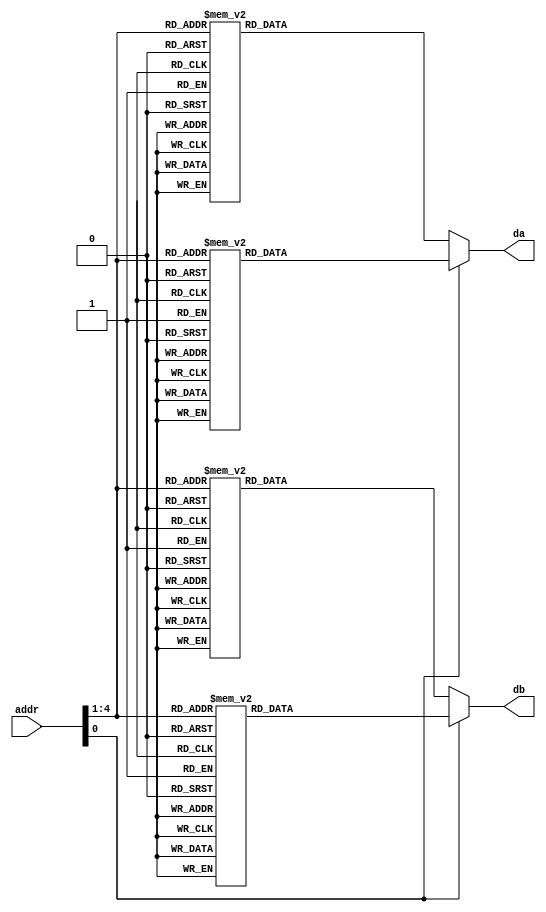
/*##########################################################################
--
--                                                                       --
--  Module      : des_sbox.v                                             --
--  Last Update : 08/01/2001
--                                                                       --
--  Description : DES S-box constants					 --
--                                                                       --
--                                                                       --
--  Designers   : Steve Trimberger & Vikram Pasham                      --
--  Company     : Xilinx & Inc.                                          --
--                                                                       --
--                                                                       --
--  Disclaimer  : THESE DESIGNS ARE PROVIDED "AS IS" WITH NO WARRANTY    --
--                WHATSOEVER AND XILINX SPECIFICALLY DISCLAIMS ANY       --
--                IMPLIED WARRANTIES OF MERCHANTABILITY & FITNESS FOR    --
--                A PARTICULAR PURPOSE, OR AGAINST INFRINGEMENT.         --
--                THEY ARE ONLY INTENDED TO BE USED BY XILINX            --
--                CUSTOMERS, AND WITHIN XILINX DEVICES.                  --
--                                                                       --
--                Copyright (c) 2000 Xilinx, Inc.                        --
--                All rights reserved                                    --
--                                                                       --
--                                                                       --
--                                                                       --
--#########################################################################*/


// Include Synplify Virtex-II/ Virtex-E library
// `include "virtex2.v"
//`include "virtexe.v"


module SB1(addr,da,db);
input [1:6] addr;
output [1:4] da;
output [1:4] db;
reg [1:4] d0;
reg [1:4] d1;
reg [1:4] d2;
reg [1:4] d3;


always @(addr) begin
case (addr[2:5])
    0:  d0 = 14; 
    1:  d0 = 4;
    2:  d0 = 13;
    3:  d0 = 1;
    4:  d0 = 2;
    5:  d0 = 15;
    6:  d0 = 11;
    7:  d0 = 8;
    8:  d0 = 3;
    9:  d0 = 10;
    10: d0 = 6;
    11: d0 = 12;
    12: d0 = 5;
    13: d0 = 9;
    14: d0 = 0;
    15: d0 = 7;
endcase
end

always @(addr) begin
case (addr[2:5])
    0:  d1 = 0;
    1:  d1 = 15;
    2:  d1 = 7;
    3:  d1 = 4;
    4:  d1 = 14;
    5:  d1 = 2;
    6:  d1 = 13;
    7:  d1 = 1;
    8:  d1 = 10;
    9:  d1 = 6;
    10: d1 = 12;
    11: d1 = 11;
    12: d1 = 9;
    13: d1 = 5;
    14: d1 = 3;
    15: d1 = 8;
    default: d1 = 0;
    endcase
end

always @(addr) begin
case (addr[2:5])
    0:  d2 = 4;
    1:  d2 = 1;
    2:  d2 = 14;
    3:  d2 = 8;
    4:  d2 = 13;
    5:  d2 = 6;
    6:  d2 = 2;
    7:  d2 = 11;
    8:  d2 = 15;
    9:  d2 = 12;
    10: d2 = 9;
    11: d2 = 7;
    12: d2 = 3;
    13: d2 = 10;
    14: d2 = 5;
    15: d2 = 0;
endcase
end

always @(addr) begin
case (addr[2:5])
    0:  d3 = 15;
    1:  d3 = 12;
    2:  d3 = 8;
    3:  d3 = 2;
    4:  d3 = 4;
    5:  d3 = 9;
    6:  d3 = 1;
    7:  d3 = 7;
    8:  d3 = 5;
    9:  d3 = 11;
    10: d3 = 3;
    11: d3 = 14;
    12: d3 = 10;
    13: d3 = 0;
    14: d3 = 6;
    15: d3 = 13;
endcase
end

//// mux the first two together in F5 muxes
//MUXF5 s10 ( .I0(d0[1]), .I1(d1[1]), .S(addr[6]), .O(da[1]) );
//MUXF5 s11 ( .I0(d0[2]), .I1(d1[2]), .S(addr[6]), .O(da[2]) );
//MUXF5 s12 ( .I0(d0[3]), .I1(d1[3]), .S(addr[6]), .O(da[3]) );
//MUXF5 s13 ( .I0(d0[4]), .I1(d1[4]), .S(addr[6]), .O(da[4]) );

//// mux the second two together in F5 muxes
//MUXF5 s20 ( .I0(d2[1]), .I1(d3[1]), .S(addr[6]), .O(db[1]) );
//MUXF5 s21 ( .I0(d2[2]), .I1(d3[2]), .S(addr[6]), .O(db[2]) );
//MUXF5 s22 ( .I0(d2[3]), .I1(d3[3]), .S(addr[6]), .O(db[3]) );
//MUXF5 s23 ( .I0(d2[4]), .I1(d3[4]), .S(addr[6]), .O(db[4]) );
assign da = addr[6] ? d1 : d0;
assign db = addr[6] ? d3 : d2;
endmodule


/*   SBOX 2 */

module SB2(addr,da,db);
input [1:6] addr;
output [1:4] da;
output [1:4] db;
reg [1:4] d0;
reg [1:4] d1;
reg [1:4] d2;
reg [1:4] d3;

always @(addr) begin
case(addr[2:5])
    0 :  d0 =  15;
    1 :  d0 =  1;
    2 :  d0 =  8;
    3 :  d0 =  14;
    4 :  d0 =  6;
    5 :  d0 =  11;
    6 :  d0 =  3;
    7 :  d0 =  4;
    8 :  d0 =  9;
    9 :  d0 =  7;
    10:  d0 =  2;
    11:  d0 =  13;
    12:  d0 =  12;
    13:  d0 =  0;
    14:  d0 =  5;
    15:  d0 =  10;
endcase
end

always @(addr) begin
case (addr[2:5])
    0:  d1 =  3;
    1:  d1 =  13;
    2:  d1 =  4;
    3:  d1 =  7;
    4:  d1 =  15;
    5:  d1 =  2;
    6:  d1 =  8;
    7:  d1 =  14;
    8:  d1 =  12;
    9:  d1 =  0;
    10: d1 =  1;
    11: d1 =  10;
    12: d1 =  6;
    13: d1 =  9;
    14: d1 =  11;
    15: d1 =  5;
endcase
end

always @(addr) begin
case (addr[2:5])
    0:  d2 =  0;
    1:  d2 =  14;
    2:  d2 =  7;
    3:  d2 =  11;
    4:  d2 =  10;
    5:  d2 =  4;
    6:  d2 =  13;
    7:  d2 =  1;
    8:  d2 =  5;
    9:  d2 =  8;
    10: d2 =  12;
    11: d2 =  6;
    12: d2 =  9;
    13: d2 =  3;
    14: d2 =  2;
    15: d2 =  15;
endcase
end

always @(addr) begin
case (addr[2:5])
    0:  d3 =  13;
    1:  d3 =  8;
    2:  d3 =  10;
    3:  d3 =  1;
    4:  d3 =  3;
    5:  d3 =  15;
    6:  d3 =  4;
    7:  d3 =  2;
    8:  d3 =  11;
    9:  d3 =  6;
    10: d3 =  7;
    11: d3 =  12;
    12: d3 =  0;
    13: d3 =  5;
    14: d3 =  14;
    15: d3 =  9;
endcase
end

//// mux the first two together in F5 muxes
//MUXF5 s10 ( .I0(d0[1]), .I1(d1[1]), .S(addr[6]), .O(da[1]) );
//MUXF5 s11 ( .I0(d0[2]), .I1(d1[2]), .S(addr[6]), .O(da[2]) );
//MUXF5 s12 ( .I0(d0[3]), .I1(d1[3]), .S(addr[6]), .O(da[3]) );
//MUXF5 s13 ( .I0(d0[4]), .I1(d1[4]), .S(addr[6]), .O(da[4]) );

//// mux the second two together in F5 muxes
//MUXF5 s20 ( .I0(d2[1]), .I1(d3[1]), .S(addr[6]), .O(db[1]) );
//MUXF5 s21 ( .I0(d2[2]), .I1(d3[2]), .S(addr[6]), .O(db[2]) );
//MUXF5 s22 ( .I0(d2[3]), .I1(d3[3]), .S(addr[6]), .O(db[3]) );
//MUXF5 s23 ( .I0(d2[4]), .I1(d3[4]), .S(addr[6]), .O(db[4]) );
assign da = addr[6] ? d1 : d0;
assign db = addr[6] ? d3 : d2;
endmodule


/* Sbox 3 */

module SB3(addr,da,db);
input [1:6] addr;
output [1:4] da;
output [1:4] db;
reg [1:4] d0;
reg [1:4] d1;
reg [1:4] d2;
reg [1:4] d3;

always @(addr) begin
case (addr[2:5])
    0:  d0 = 10;
    1:  d0 = 0;
    2:  d0 = 9;
    3:  d0 = 14;
    4:  d0 = 6;
    5:  d0 = 3;
    6:  d0 = 15;
    7:  d0 = 5;
    8:  d0 = 1;
    9:  d0 = 13;
    10: d0 = 12;
    11: d0 = 7;
    12: d0 = 11;
    13: d0 = 4;
    14: d0 = 2;
    15: d0 = 8;
endcase
end

always @(addr) begin
case (addr[2:5])
    0:  d1 = 13;
    1:  d1 = 7;
    2:  d1 = 0;
    3:  d1 = 9;
    4:  d1 = 3;
    5:  d1 = 4;
    6:  d1 = 6;
    7:  d1 = 10;
    8:  d1 = 2;
    9:  d1 = 8;
    10: d1 = 5;
    11: d1 = 14;
    12: d1 = 12;
    13: d1 = 11;
    14: d1 = 15;
    15: d1 = 1;
endcase
end

always @(addr) begin
case (addr[2:5])
    0:  d2 = 13;
    1:  d2 = 6;
    2:  d2 = 4;
    3:  d2 = 9;
    4:  d2 = 8;
    5:  d2 = 15;
    6:  d2 = 3;
    7:  d2 = 0;
    8:  d2 = 11;
    9:  d2 = 1;
    10: d2 = 2;
    11: d2 = 12;
    12: d2 = 5;
    13: d2 = 10;
    14: d2 = 14;
    15: d2 = 7;
endcase
end

always @(addr) begin
case (addr[2:5])
    0:  d3 = 1;
    1:  d3 = 10;
    2:  d3 = 13;
    3:  d3 = 0;
    4:  d3 = 6;
    5:  d3 = 9;
    6:  d3 = 8;
    7:  d3 = 7;
    8:  d3 = 4;
    9:  d3 = 15;
    10: d3 = 14;
    11: d3 = 3;
    12: d3 = 11;
    13: d3 = 5;
    14: d3 = 2;
    15: d3 = 12;
endcase
end

//// mux the first two together in F5 muxes
//MUXF5 s10 ( .I0(d0[1]), .I1(d1[1]), .S(addr[6]), .O(da[1]) );
//MUXF5 s11 ( .I0(d0[2]), .I1(d1[2]), .S(addr[6]), .O(da[2]) );
//MUXF5 s12 ( .I0(d0[3]), .I1(d1[3]), .S(addr[6]), .O(da[3]) );
//MUXF5 s13 ( .I0(d0[4]), .I1(d1[4]), .S(addr[6]), .O(da[4]) );

//// mux the second two together in F5 muxes
//MUXF5 s20 ( .I0(d2[1]), .I1(d3[1]), .S(addr[6]), .O(db[1]) );
//MUXF5 s21 ( .I0(d2[2]), .I1(d3[2]), .S(addr[6]), .O(db[2]) );
//MUXF5 s22 ( .I0(d2[3]), .I1(d3[3]), .S(addr[6]), .O(db[3]) );
//MUXF5 s23 ( .I0(d2[4]), .I1(d3[4]), .S(addr[6]), .O(db[4]) );
assign da = addr[6] ? d1 : d0;
assign db = addr[6] ? d3 : d2;
endmodule


/* Sbox 4 */

module SB4(addr,da,db);
input [1:6] addr;
output [1:4] da;
output [1:4] db;
reg [1:4] d0;
reg [1:4] d1;
reg [1:4] d2;
reg [1:4] d3;


always @(addr) begin
case (addr[2:5])
    0:   d0 = 7;
    1:   d0 = 13;
    2:   d0 = 14;
    3:   d0 = 3;
    4:   d0 = 0;
    5:   d0 = 6;
    6:   d0 = 9;
    7:   d0 = 10;
    8:   d0 = 1;
    9:   d0 = 2;
    10:  d0 = 8;
    11:  d0 = 5;
    12:  d0 = 11;
    13:  d0 = 12;
    14:  d0 = 4;
    15:  d0 = 15;
endcase
end

always @(addr) begin
case (addr[2:5])
    0:   d1 = 13;
    1:   d1 = 8;
    2:   d1 = 11;
    3:   d1 = 5;
    4:   d1 = 6;
    5:   d1 = 15;
    6:   d1 = 0;
    7:   d1 = 3;
    8:   d1 = 4;
    9:   d1 = 7;
    10:  d1 = 2;
    11:  d1 = 12;
    12:  d1 = 1;
    13:  d1 = 10;
    14:  d1 = 14;
    15:  d1 = 9;
endcase
end

always @(addr) begin
case (addr[2:5])
    0:   d2 = 10;
    1:   d2 = 6;
    2:   d2 = 9;
    3:   d2 = 0;
    4:   d2 = 12;
    5:   d2 = 11;
    6:   d2 = 7;
    7:   d2 = 13;
    8:   d2 = 15;
    9:   d2 = 1;
    10:  d2 = 3;
    11:  d2 = 14;
    12:  d2 = 5;
    13:  d2 = 2;
    14:  d2 = 8;
    15:  d2 = 4;
endcase
end

always @(addr) begin
case (addr[2:5])
    0:   d3 = 3;
    1:   d3 = 15;
    2:   d3 = 0;
    3:   d3 = 6;
    4:   d3 = 10;
    5:   d3 = 1;
    6:   d3 = 13;
    7:   d3 = 8;
    8:   d3 = 9;
    9:   d3 = 4;
    10:  d3 = 5;
    11:  d3 = 11;
    12:  d3 = 12;
    13:  d3 = 7;
    14:  d3 = 2;
    15:  d3 = 14;
endcase
end

//// mux the first two together in F5 muxes
//MUXF5 s10 ( .I0(d0[1]), .I1(d1[1]), .S(addr[6]), .O(da[1]) );
//MUXF5 s11 ( .I0(d0[2]), .I1(d1[2]), .S(addr[6]), .O(da[2]) );
//MUXF5 s12 ( .I0(d0[3]), .I1(d1[3]), .S(addr[6]), .O(da[3]) );
//MUXF5 s13 ( .I0(d0[4]), .I1(d1[4]), .S(addr[6]), .O(da[4]) );

//// mux the second two together in F5 muxes
//MUXF5 s20 ( .I0(d2[1]), .I1(d3[1]), .S(addr[6]), .O(db[1]) );
//MUXF5 s21 ( .I0(d2[2]), .I1(d3[2]), .S(addr[6]), .O(db[2]) );
//MUXF5 s22 ( .I0(d2[3]), .I1(d3[3]), .S(addr[6]), .O(db[3]) );
//MUXF5 s23 ( .I0(d2[4]), .I1(d3[4]), .S(addr[6]), .O(db[4]) );
assign da = addr[6] ? d1 : d0;
assign db = addr[6] ? d3 : d2;
endmodule


/* Sbox 5 */

module SB5(addr,da,db);
input [1:6] addr;
output [1:4] da;
output [1:4] db;
reg [1:4] d0;
reg [1:4] d1;
reg [1:4] d2;
reg [1:4] d3;


always @(addr) begin
case (addr[2:5])
    0:  d0 = 2;
    1:  d0 = 12;
    2:  d0 = 4;
    3:  d0 = 1;
    4:  d0 = 7;
    5:  d0 = 10;
    6:  d0 = 11;
    7:  d0 = 6;
    8:  d0 = 8;
    9:  d0 = 5;
    10: d0 = 3;
    11: d0 = 15;
    12: d0 = 13;
    13: d0 = 0;
    14: d0 = 14;
    15: d0 = 9;
endcase
end

always @(addr) begin
case (addr[2:5])
    0:  d1 = 14;
    1:  d1 = 11;
    2:  d1 = 2;
    3:  d1 = 12;
    4:  d1 = 4;
    5:  d1 = 7;
    6:  d1 = 13;
    7:  d1 = 1;
    8:  d1 = 5;
    9:  d1 = 0;
    10: d1 = 15;
    11: d1 = 10;
    12: d1 = 3;
    13: d1 = 9;
    14: d1 = 8;
    15: d1 = 6;
endcase
end

always @(addr) begin
case (addr[2:5])
    0:  d2 = 4;
    1:  d2 = 2;
    2:  d2 = 1;
    3:  d2 = 11;
    4:  d2 = 10;
    5:  d2 = 13;
    6:  d2 = 7;
    7:  d2 = 8;
    8:  d2 = 15;
    9:  d2 = 9;
    10: d2 = 12;
    11: d2 = 5;
    12: d2 = 6;
    13: d2 = 3;
    14: d2 = 0;
    15: d2 = 14;
endcase
end

always @(addr) begin
case (addr[2:5])
    0:  d3 = 11;
    1:  d3 = 8;
    2:  d3 = 12;
    3:  d3 = 7;
    4:  d3 = 1;
    5:  d3 = 14;
    6:  d3 = 2;
    7:  d3 = 13;
    8:  d3 = 6;
    9:  d3 = 15;
    10: d3 = 0;
    11: d3 = 9;
    12: d3 = 10;
    13: d3 = 4;
    14: d3 = 5;
    15: d3 = 3;
endcase
end

//// mux the first two together in F5 muxes
//MUXF5 s10 ( .I0(d0[1]), .I1(d1[1]), .S(addr[6]), .O(da[1]) );
//MUXF5 s11 ( .I0(d0[2]), .I1(d1[2]), .S(addr[6]), .O(da[2]) );
//MUXF5 s12 ( .I0(d0[3]), .I1(d1[3]), .S(addr[6]), .O(da[3]) );
//MUXF5 s13 ( .I0(d0[4]), .I1(d1[4]), .S(addr[6]), .O(da[4]) );

//// mux the second two together in F5 muxes
//MUXF5 s20 ( .I0(d2[1]), .I1(d3[1]), .S(addr[6]), .O(db[1]) );
//MUXF5 s21 ( .I0(d2[2]), .I1(d3[2]), .S(addr[6]), .O(db[2]) );
//MUXF5 s22 ( .I0(d2[3]), .I1(d3[3]), .S(addr[6]), .O(db[3]) );
//MUXF5 s23 ( .I0(d2[4]), .I1(d3[4]), .S(addr[6]), .O(db[4]) );
assign da = addr[6] ? d1 : d0;
assign db = addr[6] ? d3 : d2;
endmodule



/* Sbox 6  */

module SB6(addr,da,db);
input [1:6] addr;
output [1:4] da;
output [1:4] db;
reg [1:4] d0;
reg [1:4] d1;
reg [1:4] d2;
reg [1:4] d3;


always @(addr) begin
case (addr[2:5])
    0:  d0 = 12;
    1:  d0 = 1;
    2:  d0 = 10;
    3:  d0 = 15;
    4:  d0 = 9;
    5:  d0 = 2;
    6:  d0 = 6;
    7:  d0 = 8;
    8:  d0 = 0;
    9:  d0 = 13;
    10: d0 = 3;
    11: d0 = 4;
    12: d0 = 14;
    13: d0 = 7;
    14: d0 = 5;
    15: d0 = 11;
endcase
end

always @(addr) begin
case (addr[2:5])
    0:  d1 = 10;
    1:  d1 = 15;
    2:  d1 = 4;
    3:  d1 = 2;
    4:  d1 = 7;
    5:  d1 = 12;
    6:  d1 = 9;
    7:  d1 = 5;
    8:  d1 = 6;
    9:  d1 = 1;
    10: d1 = 13;
    11: d1 = 14;
    12: d1 = 0;
    13: d1 = 11;
    14: d1 = 3;
    15: d1 = 8;
endcase
end

always @(addr) begin
case (addr[2:5])
    0:  d2 = 9;
    1:  d2 = 14;
    2:  d2 = 15;
    3:  d2 = 5;
    4:  d2 = 2;
    5:  d2 = 8;
    6:  d2 = 12;
    7:  d2 = 3;
    8:  d2 = 7;
    9:  d2 = 0;
    10: d2 = 4;
    11: d2 = 10;
    12: d2 = 1;
    13: d2 = 13;
    14: d2 = 11;
    15: d2 = 6;
endcase
end

always @(addr) begin
case (addr[2:5])
    0:  d3 = 4;
    1 : d3 = 3;
    2 : d3 = 2;
    3 : d3 = 12;
    4 : d3 = 9;
    5 : d3 = 5;
    6 : d3 = 15;
    7 : d3 = 10;
    8 : d3 = 11;
    9 : d3 = 14;
    10: d3 = 1;
    11: d3 = 7;
    12: d3 = 6;
    13: d3 = 0;
    14: d3 = 8;
    15: d3 = 13;
endcase
end

//// mux the first two together in F5 muxes
//MUXF5 s10 ( .I0(d0[1]), .I1(d1[1]), .S(addr[6]), .O(da[1]) );
//MUXF5 s11 ( .I0(d0[2]), .I1(d1[2]), .S(addr[6]), .O(da[2]) );
//MUXF5 s12 ( .I0(d0[3]), .I1(d1[3]), .S(addr[6]), .O(da[3]) );
//MUXF5 s13 ( .I0(d0[4]), .I1(d1[4]), .S(addr[6]), .O(da[4]) );

//// mux the second two together in F5 muxes
//MUXF5 s20 ( .I0(d2[1]), .I1(d3[1]), .S(addr[6]), .O(db[1]) );
//MUXF5 s21 ( .I0(d2[2]), .I1(d3[2]), .S(addr[6]), .O(db[2]) );
//MUXF5 s22 ( .I0(d2[3]), .I1(d3[3]), .S(addr[6]), .O(db[3]) );
//MUXF5 s23 ( .I0(d2[4]), .I1(d3[4]), .S(addr[6]), .O(db[4]) );
assign da = addr[6] ? d1 : d0;
assign db = addr[6] ? d3 : d2;
endmodule



/* Sbox 7 */

module SB7(addr,da,db);
input [1:6] addr;
output [1:4] da;
output [1:4] db;
reg [1:4] d0;
reg [1:4] d1;
reg [1:4] d2;
reg [1:4] d3;


always @(addr) begin
case (addr[2:5])
    0:  d0 = 4;
    1:  d0 = 11;
    2:  d0 = 2;
    3:  d0 = 14;
    4:  d0 = 15;
    5:  d0 = 0;
    6:  d0 = 8;
    7:  d0 = 13;
    8:  d0 = 3;
    9:  d0 = 12;
    10: d0 = 9;
    11: d0 = 7;
    12: d0 = 5;
    13: d0 = 10;
    14: d0 = 6;
    15: d0 = 1;
endcase
end

always @(addr) begin
case (addr[2:5])
    0:  d1 = 13;
    1:  d1 = 0;
    2:  d1 = 11;
    3:  d1 = 7;
    4:  d1 = 4;
    5:  d1 = 9;
    6:  d1 = 1;
    7:  d1 = 10;
    8:  d1 = 14;
    9:  d1 = 3;
    10: d1 = 5;
    11: d1 = 12;
    12: d1 = 2;
    13: d1 = 15;
    14: d1 = 8;
    15: d1 = 6;
endcase
end

always @(addr) begin
case (addr[2:5])
    0:  d2 = 1;
    1:  d2 = 4;
    2:  d2 = 11;
    3:  d2 = 13;
    4:  d2 = 12;
    5:  d2 = 3;
    6:  d2 = 7;
    7:  d2 = 14;
    8:  d2 = 10;
    9:  d2 = 15;
    10: d2 = 6;
    11: d2 = 8;
    12: d2 = 0;
    13: d2 = 5;
    14: d2 = 9;
    15: d2 = 2;
endcase
end

always @(addr) begin
case (addr[2:5])
    0:  d3 = 6;
    1:  d3 = 11;
    2:  d3 = 13;
    3:  d3 = 8;
    4:  d3 = 1;
    5:  d3 = 4;
    6:  d3 = 10;
    7:  d3 = 7;
    8:  d3 = 9;
    9:  d3 = 5;
    10: d3 = 0;
    11: d3 = 15;
    12: d3 = 14;
    13: d3 = 2;
    14: d3 = 3;
    15: d3 = 12;
endcase
end

//// mux the first two together in F5 muxes
//MUXF5 s10 ( .I0(d0[1]), .I1(d1[1]), .S(addr[6]), .O(da[1]) );
//MUXF5 s11 ( .I0(d0[2]), .I1(d1[2]), .S(addr[6]), .O(da[2]) );
//MUXF5 s12 ( .I0(d0[3]), .I1(d1[3]), .S(addr[6]), .O(da[3]) );
//MUXF5 s13 ( .I0(d0[4]), .I1(d1[4]), .S(addr[6]), .O(da[4]) );

//// mux the second two together in F5 muxes
//MUXF5 s20 ( .I0(d2[1]), .I1(d3[1]), .S(addr[6]), .O(db[1]) );
//MUXF5 s21 ( .I0(d2[2]), .I1(d3[2]), .S(addr[6]), .O(db[2]) );
//MUXF5 s22 ( .I0(d2[3]), .I1(d3[3]), .S(addr[6]), .O(db[3]) );
//MUXF5 s23 ( .I0(d2[4]), .I1(d3[4]), .S(addr[6]), .O(db[4]) );
assign da = addr[6] ? d1 : d0;
assign db = addr[6] ? d3 : d2;
endmodule


/* Sbox 8 */

module SB8(addr,da,db);
input [1:6] addr;
output [1:4] da;
output [1:4] db;
reg [1:4] d0;
reg [1:4] d1;
reg [1:4] d2;
reg [1:4] d3;


always @(addr) begin
case (addr[2:5])
    0:  d0 = 13;
    1:  d0 = 2;
    2:  d0 = 8;
    3:  d0 = 4;
    4:  d0 = 6;
    5:  d0 = 15;
    6:  d0 = 11;
    7:  d0 = 1;
    8:  d0 = 10;
    9:  d0 = 9;
    10: d0 = 3;
    11: d0 = 14;
    12: d0 = 5;
    13: d0 = 0;
    14: d0 = 12;
    15: d0 = 7;
endcase
end

always @(addr) begin
case (addr[2:5])
    0:  d1 = 1;
    1:  d1 = 15;
    2:  d1 = 13;
    3:  d1 = 8;
    4:  d1 = 10;
    5:  d1 = 3;
    6:  d1 = 7;
    7:  d1 = 4;
    8:  d1 = 12;
    9:  d1 = 5;
    10: d1 = 6;
    11: d1 = 11;
    12: d1 = 0;
    13: d1 = 14;
    14: d1 = 9;
    15: d1 = 2;
endcase
end

always @(addr) begin
case (addr[2:5])
    0:  d2 = 7;
    1:  d2 = 11;
    2:  d2 = 4;
    3:  d2 = 1;
    4:  d2 = 9;
    5:  d2 = 12;
    6:  d2 = 14;
    7:  d2 = 2;
    8:  d2 = 0;
    9:  d2 = 6;
    10: d2 = 10;
    11: d2 = 13;
    12: d2 = 15;
    13: d2 = 3;
    14: d2 = 5;
    15: d2 = 8;
endcase
end

always @(addr) begin
case (addr[2:5])
    0:  d3 = 2;
    1:  d3 = 1;
    2:  d3 = 14;
    3:  d3 = 7;
    4:  d3 = 4;
    5:  d3 = 10;
    6:  d3 = 8;
    7:  d3 = 13;
    8:  d3 = 15;
    9:  d3 = 12;
    10: d3 = 9;
    11: d3 = 0;
    12: d3 = 3;
    13: d3 = 5;
    14: d3 = 6;
    15: d3 = 11;
endcase
end

//// mux the first two together in F5 muxes
//MUXF5 s10 ( .I0(d0[1]), .I1(d1[1]), .S(addr[6]), .O(da[1]) );
//MUXF5 s11 ( .I0(d0[2]), .I1(d1[2]), .S(addr[6]), .O(da[2]) );
//MUXF5 s12 ( .I0(d0[3]), .I1(d1[3]), .S(addr[6]), .O(da[3]) );
//MUXF5 s13 ( .I0(d0[4]), .I1(d1[4]), .S(addr[6]), .O(da[4]) );

//// mux the second two together in F5 muxes
//MUXF5 s20 ( .I0(d2[1]), .I1(d3[1]), .S(addr[6]), .O(db[1]) );
//MUXF5 s21 ( .I0(d2[2]), .I1(d3[2]), .S(addr[6]), .O(db[2]) );
//MUXF5 s22 ( .I0(d2[3]), .I1(d3[3]), .S(addr[6]), .O(db[3]) );
//MUXF5 s23 ( .I0(d2[4]), .I1(d3[4]), .S(addr[6]), .O(db[4]) );
assign da = addr[6] ? d1 : d0;
assign db = addr[6] ? d3 : d2;
endmodule


/* end of Sboxes */